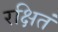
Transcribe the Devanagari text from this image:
रक्षितं